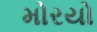
મોરયો